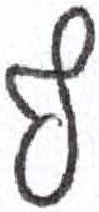
אות: ף